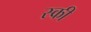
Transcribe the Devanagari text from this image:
स्‍की